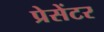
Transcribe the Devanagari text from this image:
प्रेसेंटर